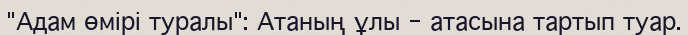
"Адам өмірі туралы": Атаның ұлы - атасына тартып туар.